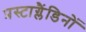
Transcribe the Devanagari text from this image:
प्रस्टाग्लैंडिनों